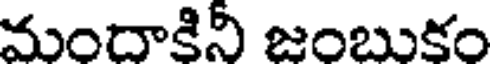
మందాకినీ జంబుకం